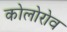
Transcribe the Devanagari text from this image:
कोलोरोव